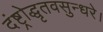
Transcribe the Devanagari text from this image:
दंष्ट्रोद्धृतवसुन्धरे।